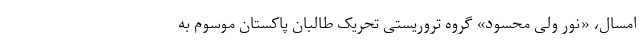
امسال، «نور ولی محسود» گروه تروریستی تحریک طالبان پاکستان موسوم به